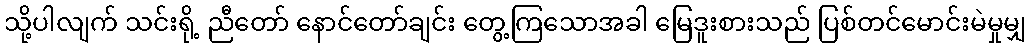
သို့ပါလျက် သင်းရို့ ညီတော် နောင်တော်ချင်း တွေ့ကြသောအခါ မြေဒူးစားသည် ပြစ်တင်မောင်းမဲမှုမျှ